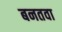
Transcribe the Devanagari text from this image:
बनतवा